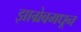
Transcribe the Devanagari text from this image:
झाग्रेबमधून